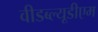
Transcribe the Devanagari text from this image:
वीडब्ल्यूडीएम